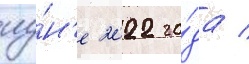
иу́н'е 2022 го́да /